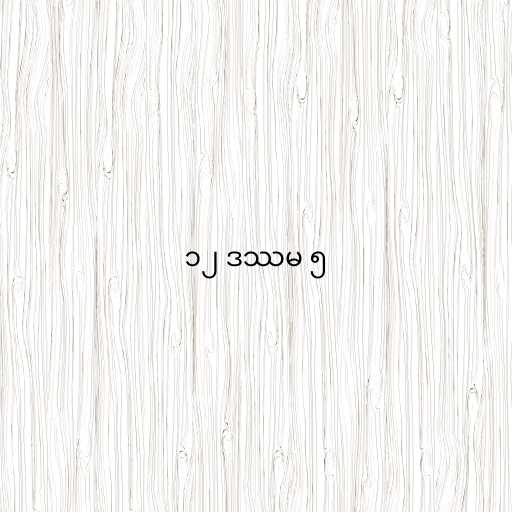
၁၂ ဒဿမ ၅